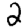
Digit: 2